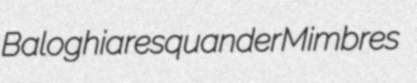
Baloghia resquander Mimbres